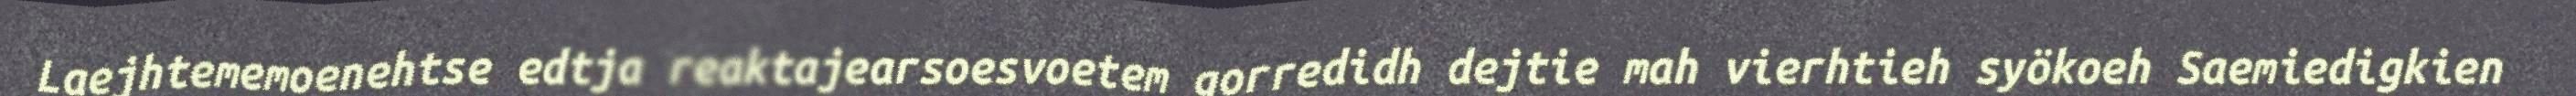
Laejhtememoenehtse edtja reaktajearsoesvoetem gorredidh dejtie mah vierhtieh syökoeh Saemiedigkien